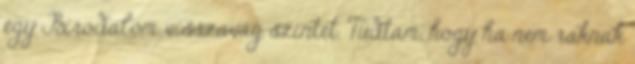
egy Birodalom visszavág szintet. Tudtam, hogy ha nem raknak